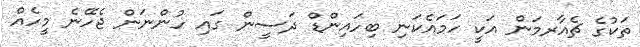
ތަކުގެ ޗެއާރމަން އަކީ ހަމައެކަނި ބިހައިންޑް ދަސީން ގައި ހުންނަން ޖެހޭނެ މީހެއް